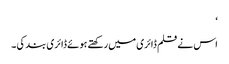
‘
اس نے قلم ڈائری میں رکھتے ہوئے ڈائری بند کی ۔